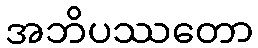
အဘိပဿတော